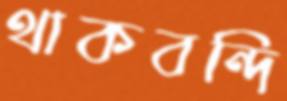
থাকবন্দি